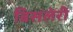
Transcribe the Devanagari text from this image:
बिसलेरी